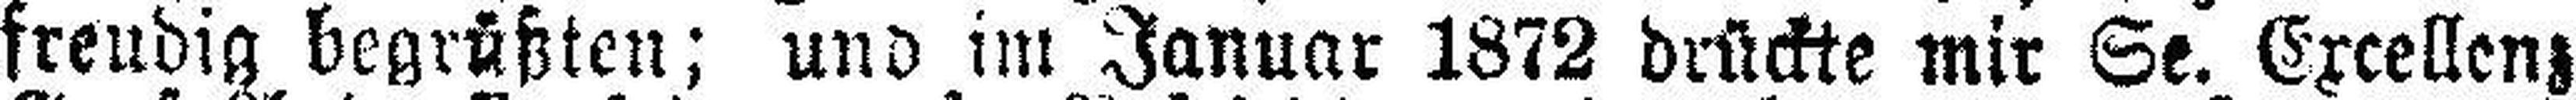
freudig begrüßten; und im Januar 1872 drückte mir Se. Excellenz